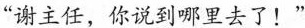
“谢主任，你说到哪里去了!”